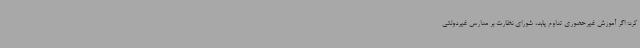
کرد: اگر آموزش غیرحضوری تداوم یابد، شورای نظارت بر مدارس غیردولتی